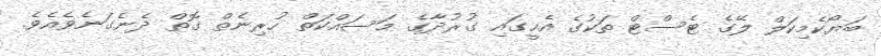
ބަޔޯކެމިކަލް ލޭގެ ޓެސްޓް ތަކުގެ އެހީގައި ގުރުދާގެ މަސައްކަތް ހުރިނެތް ގޮތް ދެނެގަނެވެއެވެ.